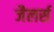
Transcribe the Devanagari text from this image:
जैलर्स